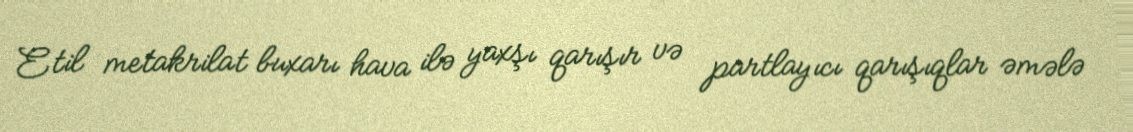
Etil metakrilat buxarı hava ilə yaxşı qarışır və partlayıcı qarışıqlar əmələ